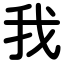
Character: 我